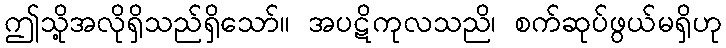
ဤသို့အလိုရှိသည်ရှိသော်။ အပဋိကုလသညိ၊ စက်ဆုပ်ဖွယ်မရှိဟု